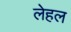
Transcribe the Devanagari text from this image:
लेहल